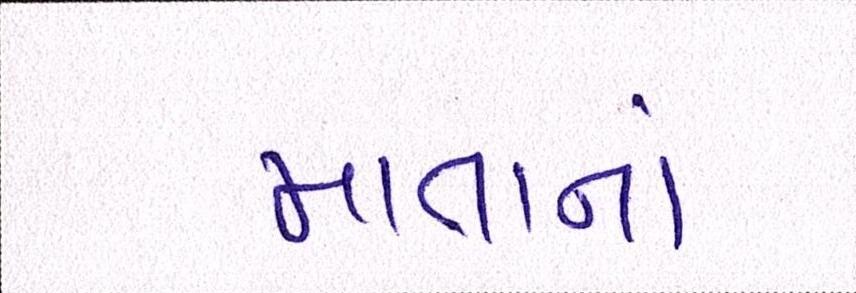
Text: માતાનાં